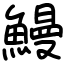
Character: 鰻